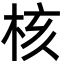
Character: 核